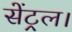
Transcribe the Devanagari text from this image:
सेंट्रल।